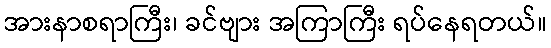
အားနာစရာကြီး၊ ခင်ဗျား အကြာကြီး ရပ်နေရတယ်။